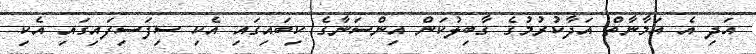
އަދި އެ އަމާނާތް އަދާކުރުމުގެ ގާބިލުކަން އިންސަނާގެ ކިބައިގައި އެކި ސިފަސިފައިގައި އެކި